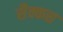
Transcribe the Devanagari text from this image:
सैक्कस